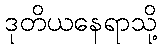
ဒုတိယနေရာသို့